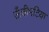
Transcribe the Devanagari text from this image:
ऊँचीभटिया